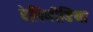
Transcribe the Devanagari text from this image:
टेलिमीडिया